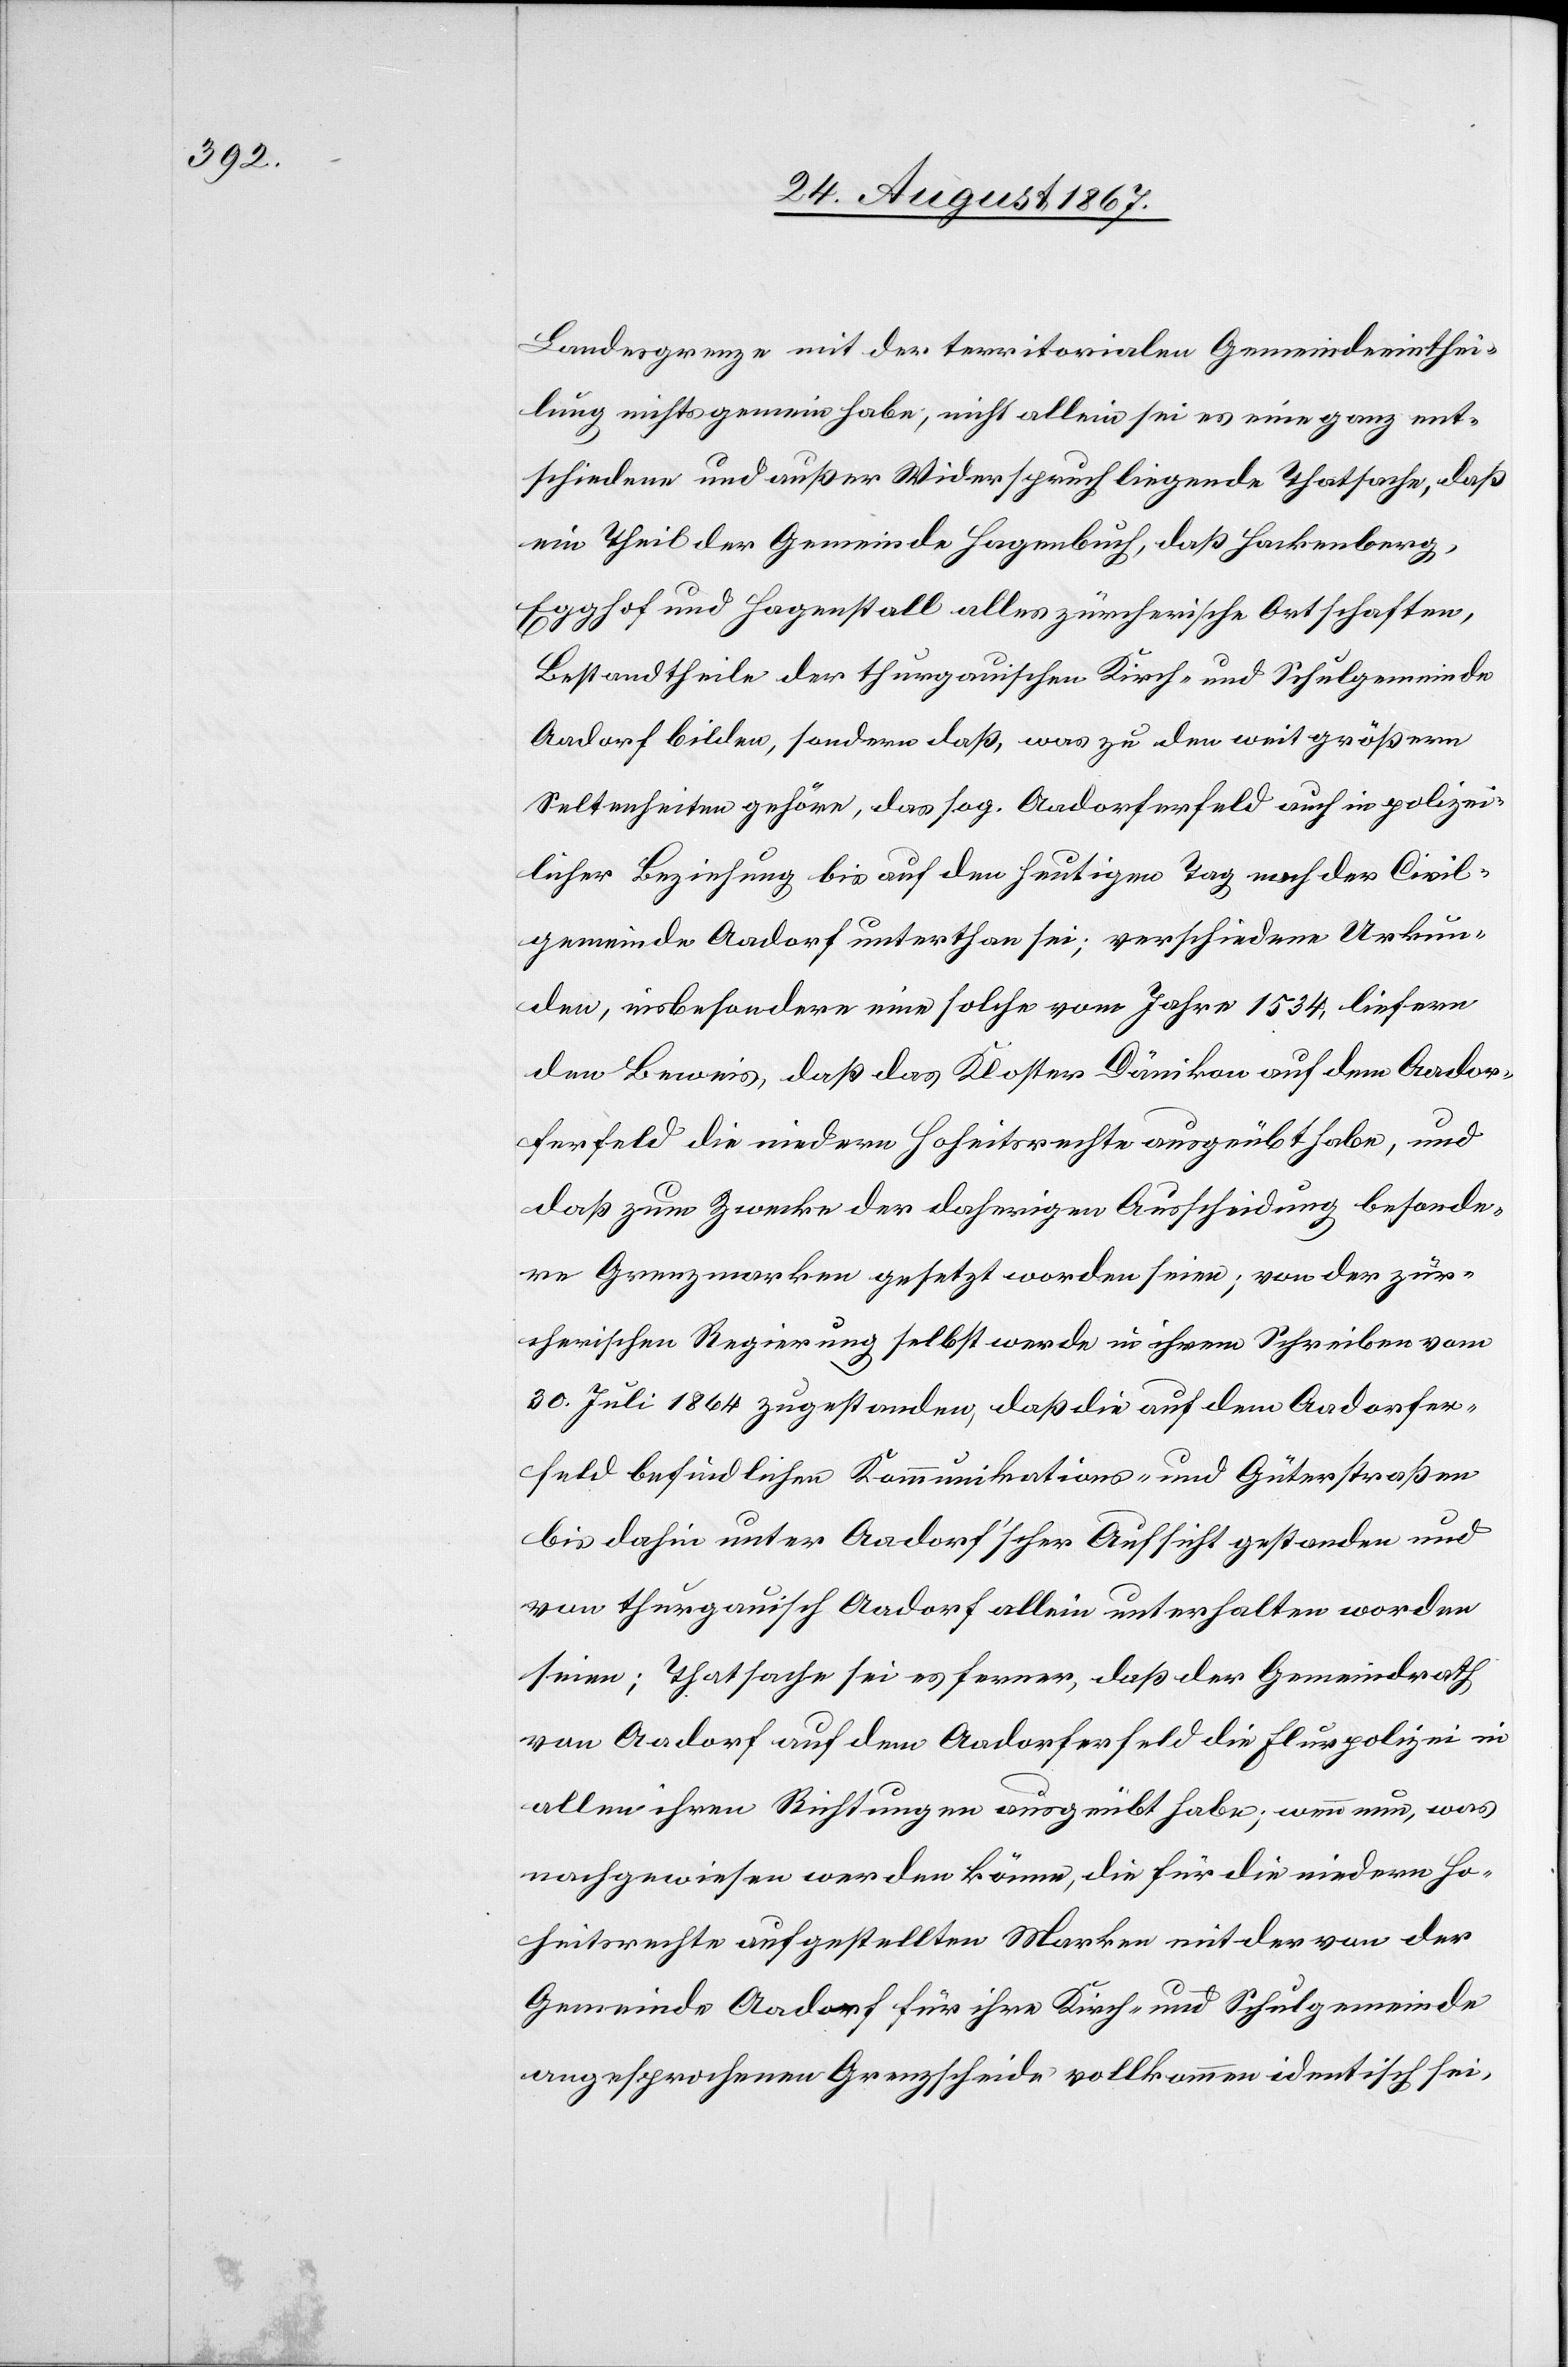
Landesgrenze mit der territorialen Gemeindeeinthei¬
lung nichts gemein habe; nicht allein sei es eine ganz ent¬
schiedene und außer Widerspruch liegende Thatsache, daß
ein Theil der Gemeinde Hagenbuch, daß Hackenberg,
Egghof und Hagenstall alles zürcherische Ortschaften,
Bestandtheile der thurgauischen Kirch- und Schulgemeinde
Aadorf bilden, sondern daß, was zu den weit größern
Seltenheiten gehöre, das sog. Aadorferfeld auch in polizei¬
licher Beziehung bis auf den heutigen Tag nach der Civil¬
gemeinde Aadorf unterthan sei; verschiedene Urkun¬
den, insbesondere eine solche vom Jahre 1534, liefern
den Beweis, daß das Kloster Dänikon auf dem Aador¬
ferfeld die niedern Hoheitsrechte ausgeübt habe, und
daß zum Zwecke der daherigen Ausscheidung besonde¬
re Grenzmarken gesetzt worden seien; von der zür¬
cherischen Regierung selbst werde in ihrem Schreiben vom
30. Juli 1864 zugestanden, daß die auf dem Aadorfer¬
feld befindlichen Kommunikations- und Güterstraßen
bis dahin unter Aadorf’scher Aufsicht gestanden und
von thurgauisch Aadorf allein unterhalten worden
seien; Thatsache sei es ferner, daß der Gemeindrath
von Aadorf auf dem Aadorferfeld die Flurpolizei in
allen ihren Richtungen ausgeübt habe; wenn nun, was
nachgewiesen werden könne, die für die niedern Ho¬
heitsrechte aufgestellten Marken mit der von der
Gemeinde Aadorf für ihre Kirch- und Schulgemeinde
angesprochenen Grenzscheide vollkommen identische sei,